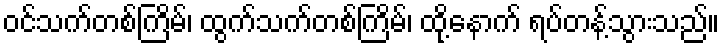
ဝင်သက်တစ်ကြိမ်၊ ထွက်သက်တစ်ကြိမ်၊ ထို့နောက် ရပ်တန့်သွားသည်။